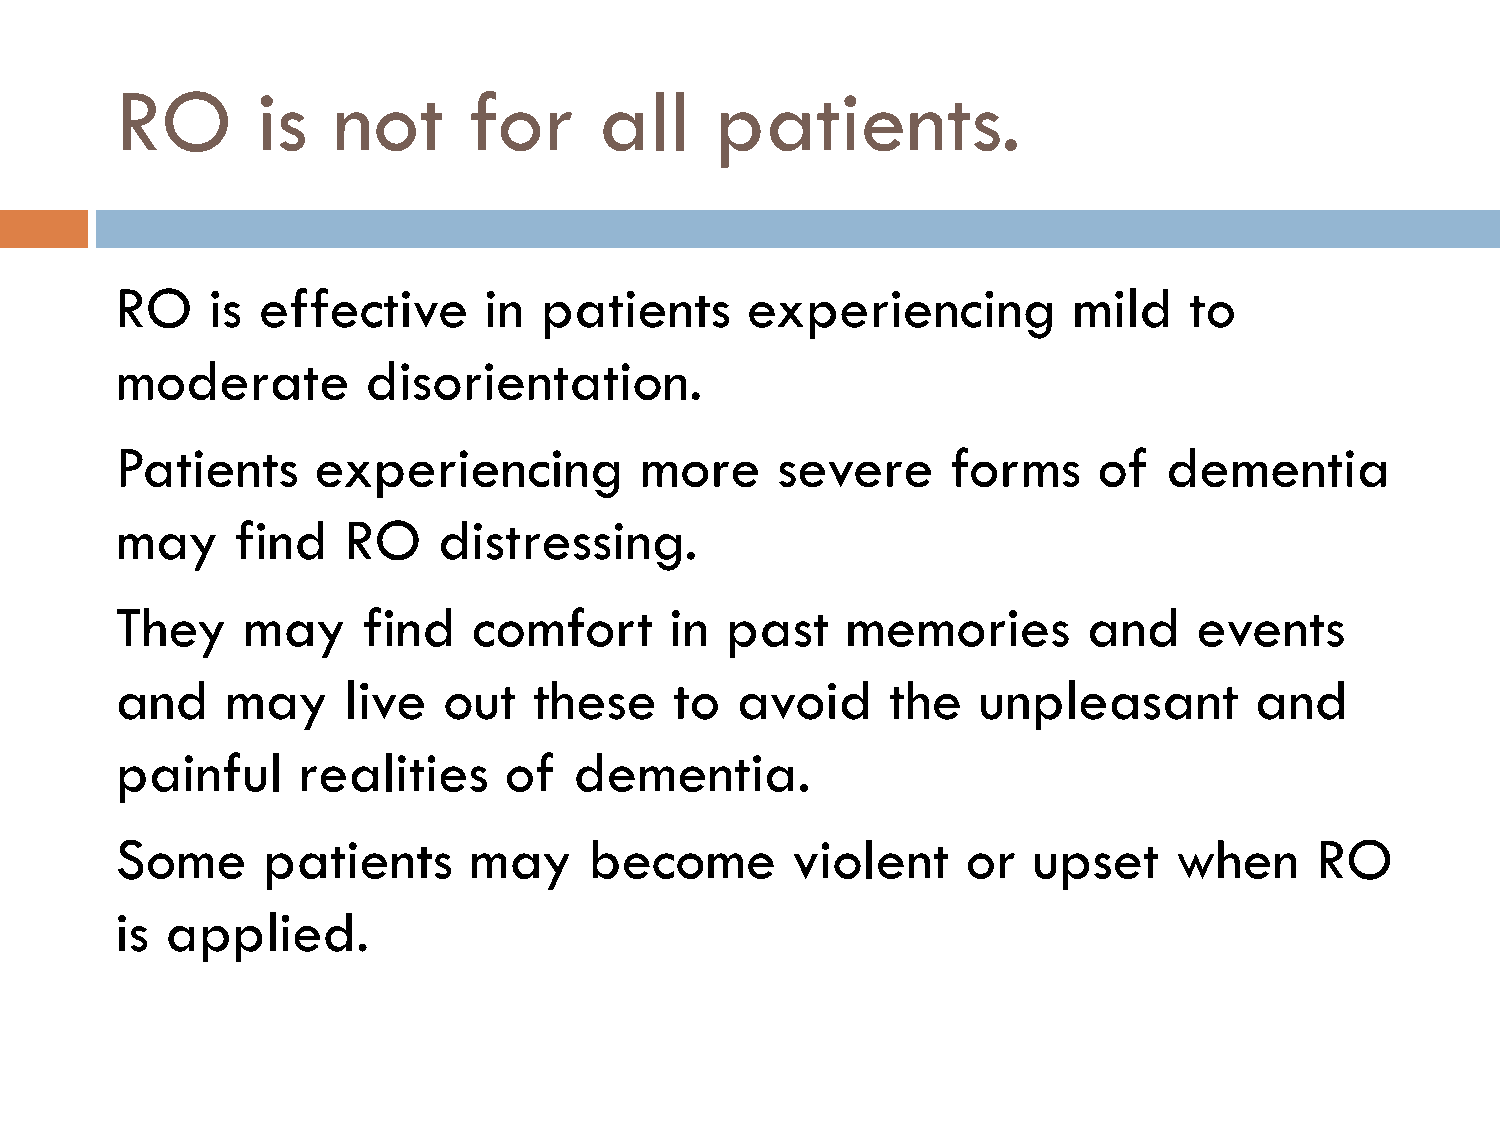
RO       is   not      for      all    patients.
 RO    is effective      in  patients     experiencing          mild    to
 moderate        disorientation.
 Patients     experiencing         more     severe      forms     of  dementia
 may     find   RO    distressing.
 They    may     find   comfort      in  past    memories        and    events
 and    may     live  out   these     to  avoid     the   unpleasant        and
 painful     realities    of   dementia.
 Some     patients      may     become       violent     or  upset     when     RO
 is applied.